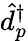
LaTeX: \hat{d}_{p}^{\dagger}